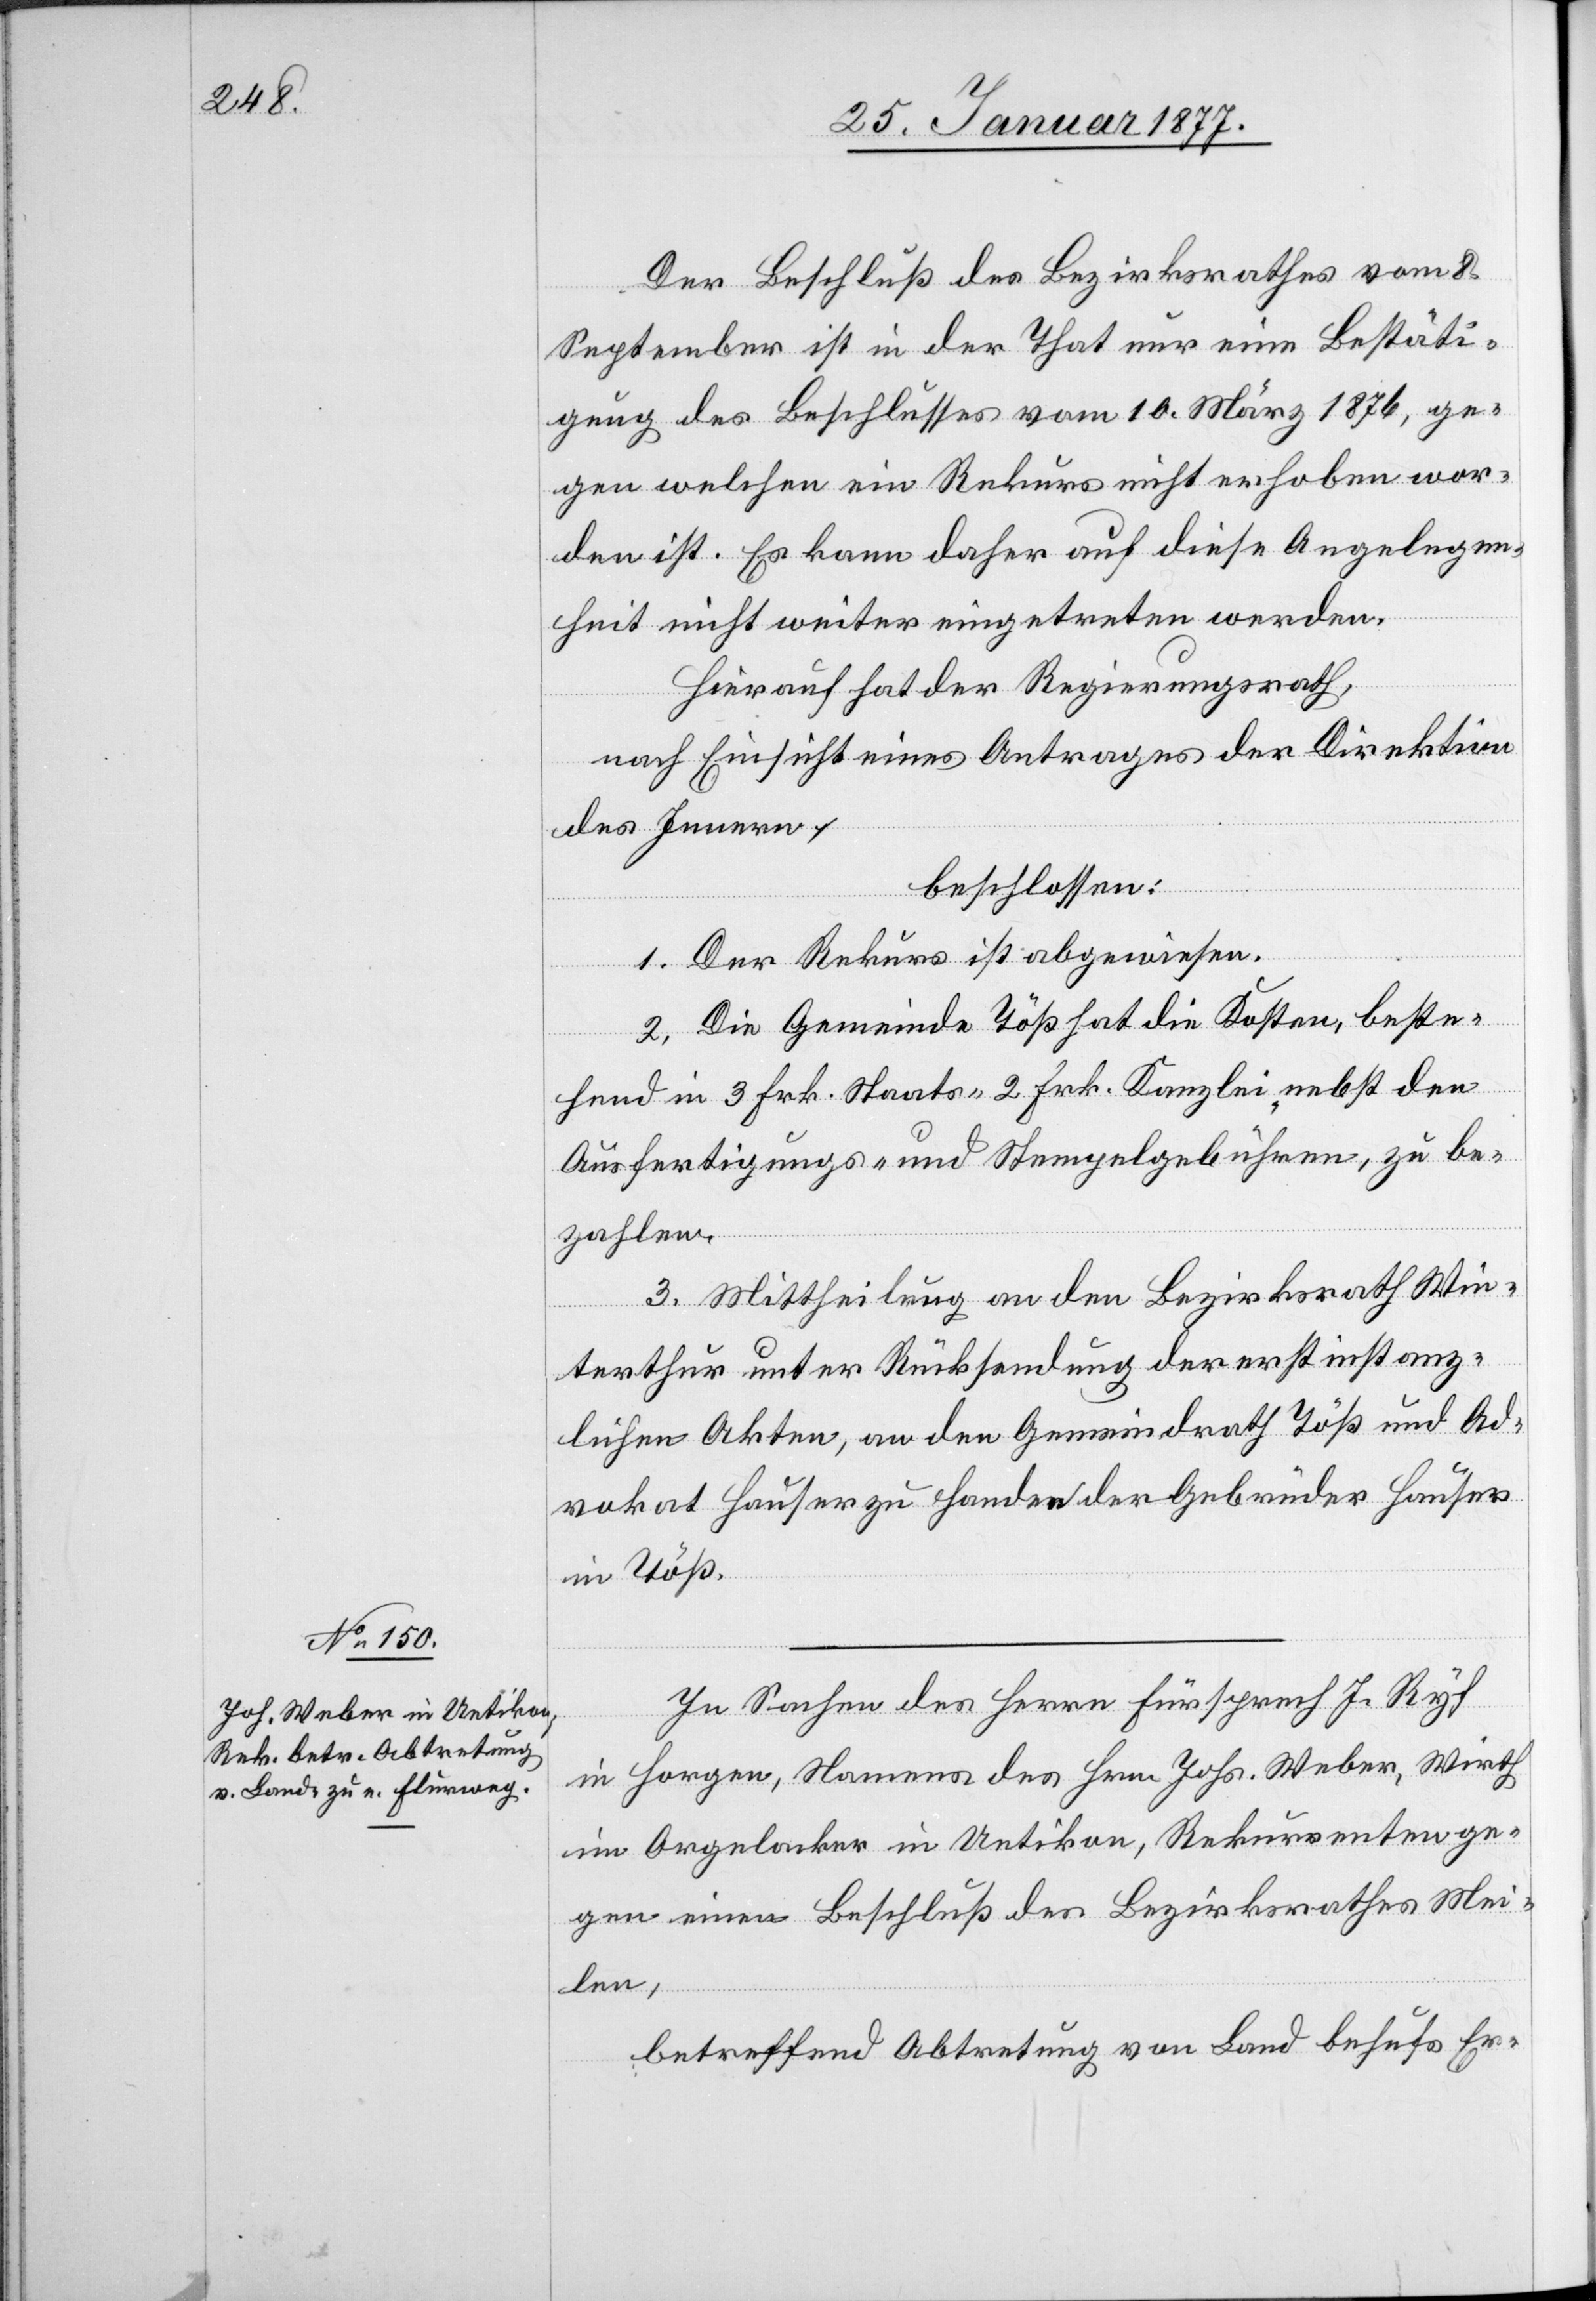
Der Beschluß des Bezirksrathes vom 8.
September ist in der That nur eine Bestäti¬
gung des Beschlusses vom 10. März 1876, ge¬
gen welchen ein Rekurs nicht erhoben wor¬
den ist. Es kann daher auf diese Angelegen¬
heit nicht weiter eingetreten werden.
Hierauf hat der Regierungsrath,
nach Einsicht eines Antrages der Direktion
des Innern,
beschlossen:
1. Der Rekurs ist abgewiesen.
2. Die Gemeinde Töß hat die Kosten, beste¬
hend in 3 Frk. Staats-[,] 2 Frk. Kanzlei-, nebst den
Ausfertigungs- und Stempelgebühren, zu be¬
zahlen.
3. Mittheilung an den Bezirksrath Win¬
terthur unter Rücksendung der erstinstanz¬
lichen Akten, an den Gemeindrath Töß und Ad¬
vokat Hauser zu Handen der Gebrüder Hauser
in Töß.
In Sachen des Herrn Fürsprech J. Ryf
in Horgen, Namens des Hrn. Johs. Weber, Wirth
im Orgelacker in Uetikon, Rekurrenten ge¬
gen einen Beschluß des Bezirksrathes Mei¬
len,
betreffend Abtretung von Land behufs Er-